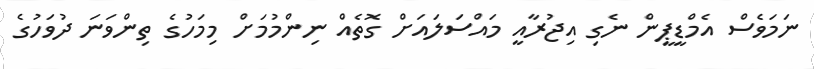
ނަމަވެސް އެމްޑީޕީން ނެގި އިޖުރާއީ މައްސަލައަށް ގޮތެއް ނިންމުމަށް މިމަހުގެ ތިންވަނަ ދުވަހުގެ